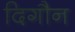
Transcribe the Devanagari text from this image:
दिगौन